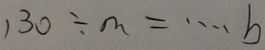
1 3 0 \div m = \cdots b